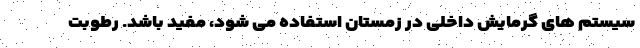
سیستم های گرمایش داخلی در زمستان استفاده می شود، مفید باشد. رطوبت